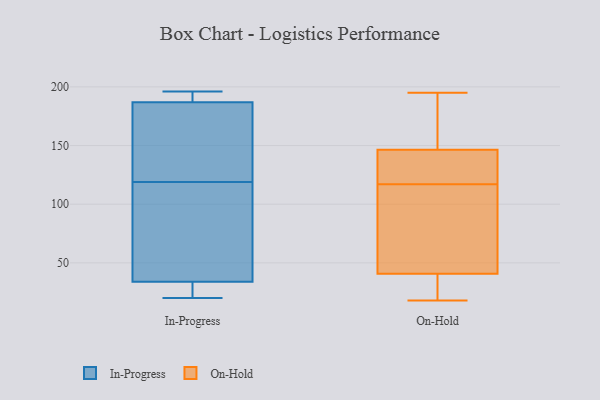
{"axis": {"x": "Headcount", "y": "Value"}, "legend": ["In-Progress", "On-Hold"], "data": [{"x": "", "y": 196, "type": "In-Progress"}, {"x": "", "y": 34, "type": "In-Progress"}, {"x": "", "y": 22, "type": "In-Progress"}, {"x": "", "y": 42, "type": "In-Progress"}, {"x": "", "y": 182, "type": "In-Progress"}, {"x": "", "y": 20, "type": "In-Progress"}, {"x": "", "y": 146, "type": "In-Progress"}, {"x": "", "y": 23, "type": "In-Progress"}, {"x": "", "y": 187, "type": "In-Progress"}, {"x": "", "y": 187, "type": "In-Progress"}, {"x": "", "y": 54, "type": "In-Progress"}, {"x": "", "y": 153, "type": "In-Progress"}, {"x": "", "y": 92, "type": "In-Progress"}, {"x": "", "y": 195, "type": "In-Progress"}, {"x": "", "y": 117, "type": "On-Hold"}, {"x": "", "y": 68, "type": "On-Hold"}, {"x": "", "y": 157, "type": "On-Hold"}, {"x": "", "y": 167, "type": "On-Hold"}, {"x": "", "y": 69, "type": "On-Hold"}, {"x": "", "y": 49, "type": "On-Hold"}, {"x": "", "y": 121, "type": "On-Hold"}, {"x": "", "y": 150, "type": "On-Hold"}, {"x": "", "y": 36, "type": "On-Hold"}, {"x": "", "y": 145, "type": "On-Hold"}, {"x": "", "y": 119, "type": "On-Hold"}, {"x": "", "y": 131, "type": "On-Hold"}, {"x": "", "y": 18, "type": "On-Hold"}, {"x": "", "y": 25, "type": "On-Hold"}, {"x": "", "y": 85, "type": "On-Hold"}, {"x": "", "y": 33, "type": "On-Hold"}, {"x": "", "y": 147, "type": "On-Hold"}, {"x": "", "y": 195, "type": "On-Hold"}, {"x": "", "y": 38, "type": "On-Hold"}]}